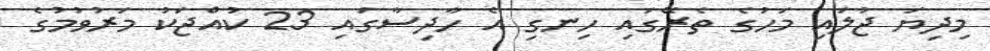
މިދިޔަ ޖުލައި މަހުގެ ތެރޭގައި ހިނގި އެ ހާދިސާގައި 23 ކުއްޖަކު މަރުވުމުގެ